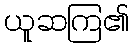
ယူဆကြ၏